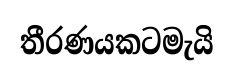
තීරණයකටමැයි